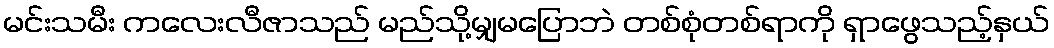
မင်းသမီး ကလေးလီဇာသည် မည်သို့မျှမပြောဘဲ တစ်စုံတစ်ရာကို ရှာဖွေသည့်နှယ်